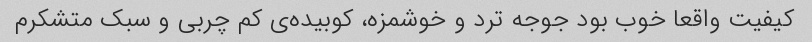
کیفیت واقعا خوب بود جوجه ترد و خوشمزه، کوبیده‌ی کم چربی و سبک متشکرم